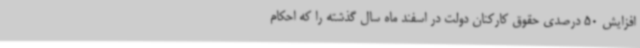
افزایش 50 درصدی حقوق کارکنان دولت در اسفند ماه سال گذشته را که احکام